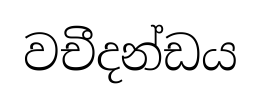
වචීදන්ඩය